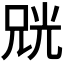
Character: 𫪨